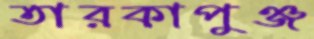
তারকাপুঞ্জ